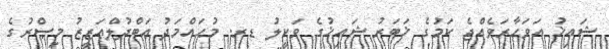
ޝައިޚު އަވަހާރަވެއްޖެ ކަމުގެ ޚަބަރު ޝައިޚުގެ ވަކީލު ޑރ. މުޙައްމަދު ޢަބްދުލްޢަޒީޒު މިޞްރުގެ